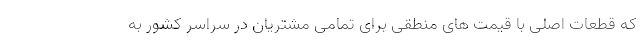
که قطعات اصلی با قیمت های منطقی برای تمامی مشتریان در سراسر کشور به